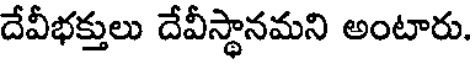
దేవీభక్తులు దేవీస్థానమని అంటారు.